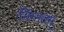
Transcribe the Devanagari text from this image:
निम्नतम्